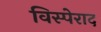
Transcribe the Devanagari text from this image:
विस्पेराद